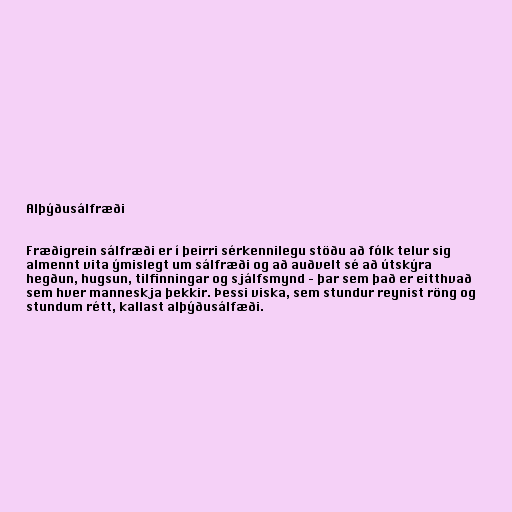
Alþýðusálfræði

Fræðigrein sálfræði er í þeirri sérkennilegu stöðu að fólk telur sig
almennt vita ýmislegt um sálfræði og að auðvelt sé að útskýra
hegðun, hugsun, tilfinningar og sjálfsmynd – þar sem það er eitthvað
sem hver manneskja þekkir. Þessi viska, sem stundur reynist röng og
stundum rétt, kallast alþýðusálfæði.